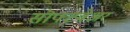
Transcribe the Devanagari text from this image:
सॊफ्टवेअर